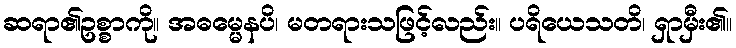
ဆရာ၏ဥစ္စာကို။ အဓမ္မေနပိ၊ မတရားသဖြင့်လည်း။ ပရိယေသတိ၊ ရှာမှီး၏။